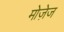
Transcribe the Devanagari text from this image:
मोज़ेज